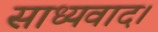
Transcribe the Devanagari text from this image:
साध्यवाद।